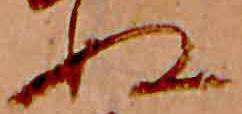
ぬ